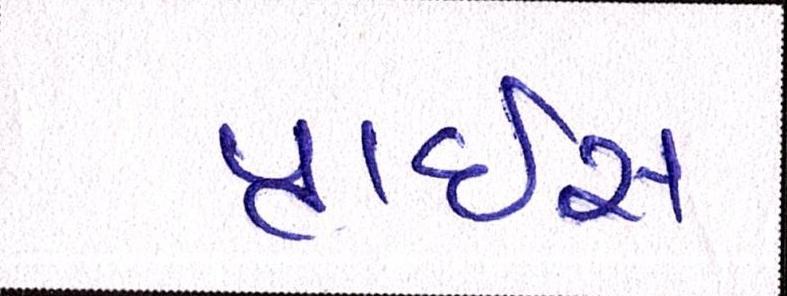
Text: પ્રાઇસ